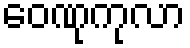
ဝေဏုကုလာ